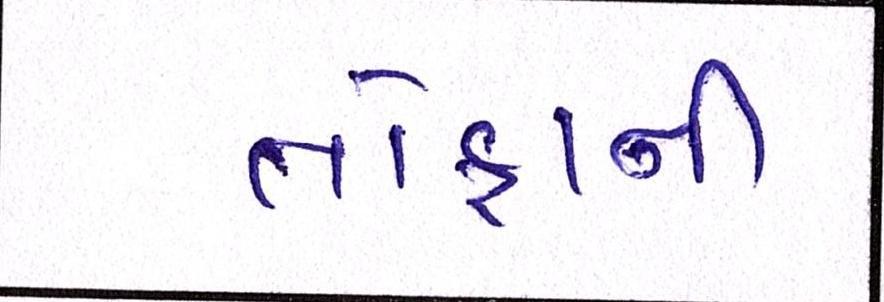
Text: તોફાની